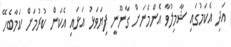
އަދި އެކަމުގައި ޝާމިލުވާ އެންމެނަށް ގާނޫނީ ފިޔަވަޅު އަޅައި އެކަން ކުރުމަށް ކަމާބެހޭ